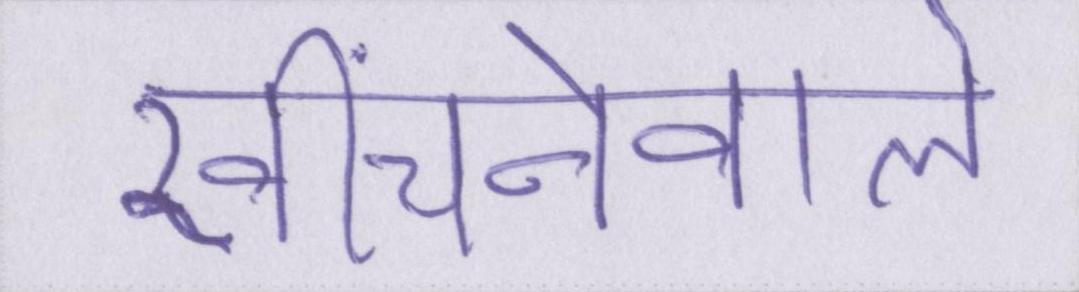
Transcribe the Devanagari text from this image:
खींचनेवाले